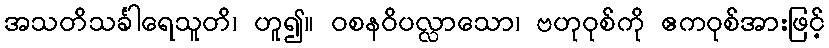
အသတိသင်္ခါရေသူတိ၊ ဟူ၍။ ဝစနဝိပလ္လာသော၊ ဗဟုဝုစ်ကို ဧကဝုစ်အားဖြင့်